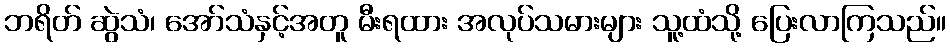
ဘရိတ် ဆွဲသံ၊ အော်သံနှင့်အတူ မီးရထား အလုပ်သမားများ သူ့ထံသို့ ပြေးလာကြသည်။